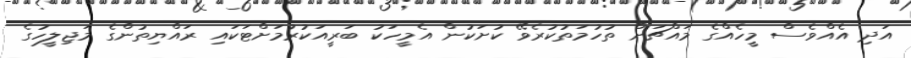
އަދި އެއްވެސް މީހެއްގެ މައްޗަށް ތުހުމަތުކުރެވޭ ކުށަކުން އެމީހަކު ބަރީއަކުރުމަށްޓަކައި ރައްޔިތުންގެ މަޖިލީހުގެ